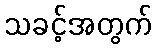
သခင့်အတွက်